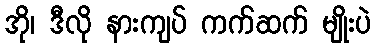
အို၊ ဒီလို နားကျပ် ကက်ဆက် မျိုးပဲ